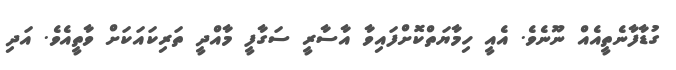
ގުޑާފާނެތީއެއް ނޫނެވެ. އެއީ ހިމާޔަތްކޮށްފައިވާ އާސާރީ ސަގާފީ މާއްދީ ތަރިކައަކަށް ވާތީއެވެ. އަދި